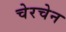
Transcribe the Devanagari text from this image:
चेरचेन